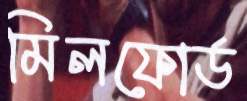
মিলফোর্ড